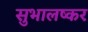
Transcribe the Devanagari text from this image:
सुभालष्कर